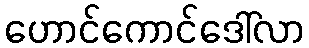
ဟောင်ကောင်ဒေါ်လာ